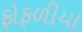
ફોફળીયા